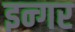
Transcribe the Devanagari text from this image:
इन्गर